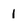
Character: 1